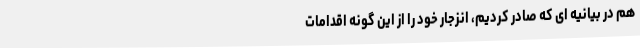
هم در بیانیه ای که صادر کردیم، انزجار خود را از این گونه اقدامات